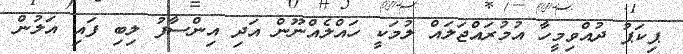
ޕިކަޕު ދުއްވިމީހާ އުމުރައްޖަލައް ލުމަކީ ހައްލެއްނޫން އަދި އިންސާފު ލިބި ފައި އަލުން